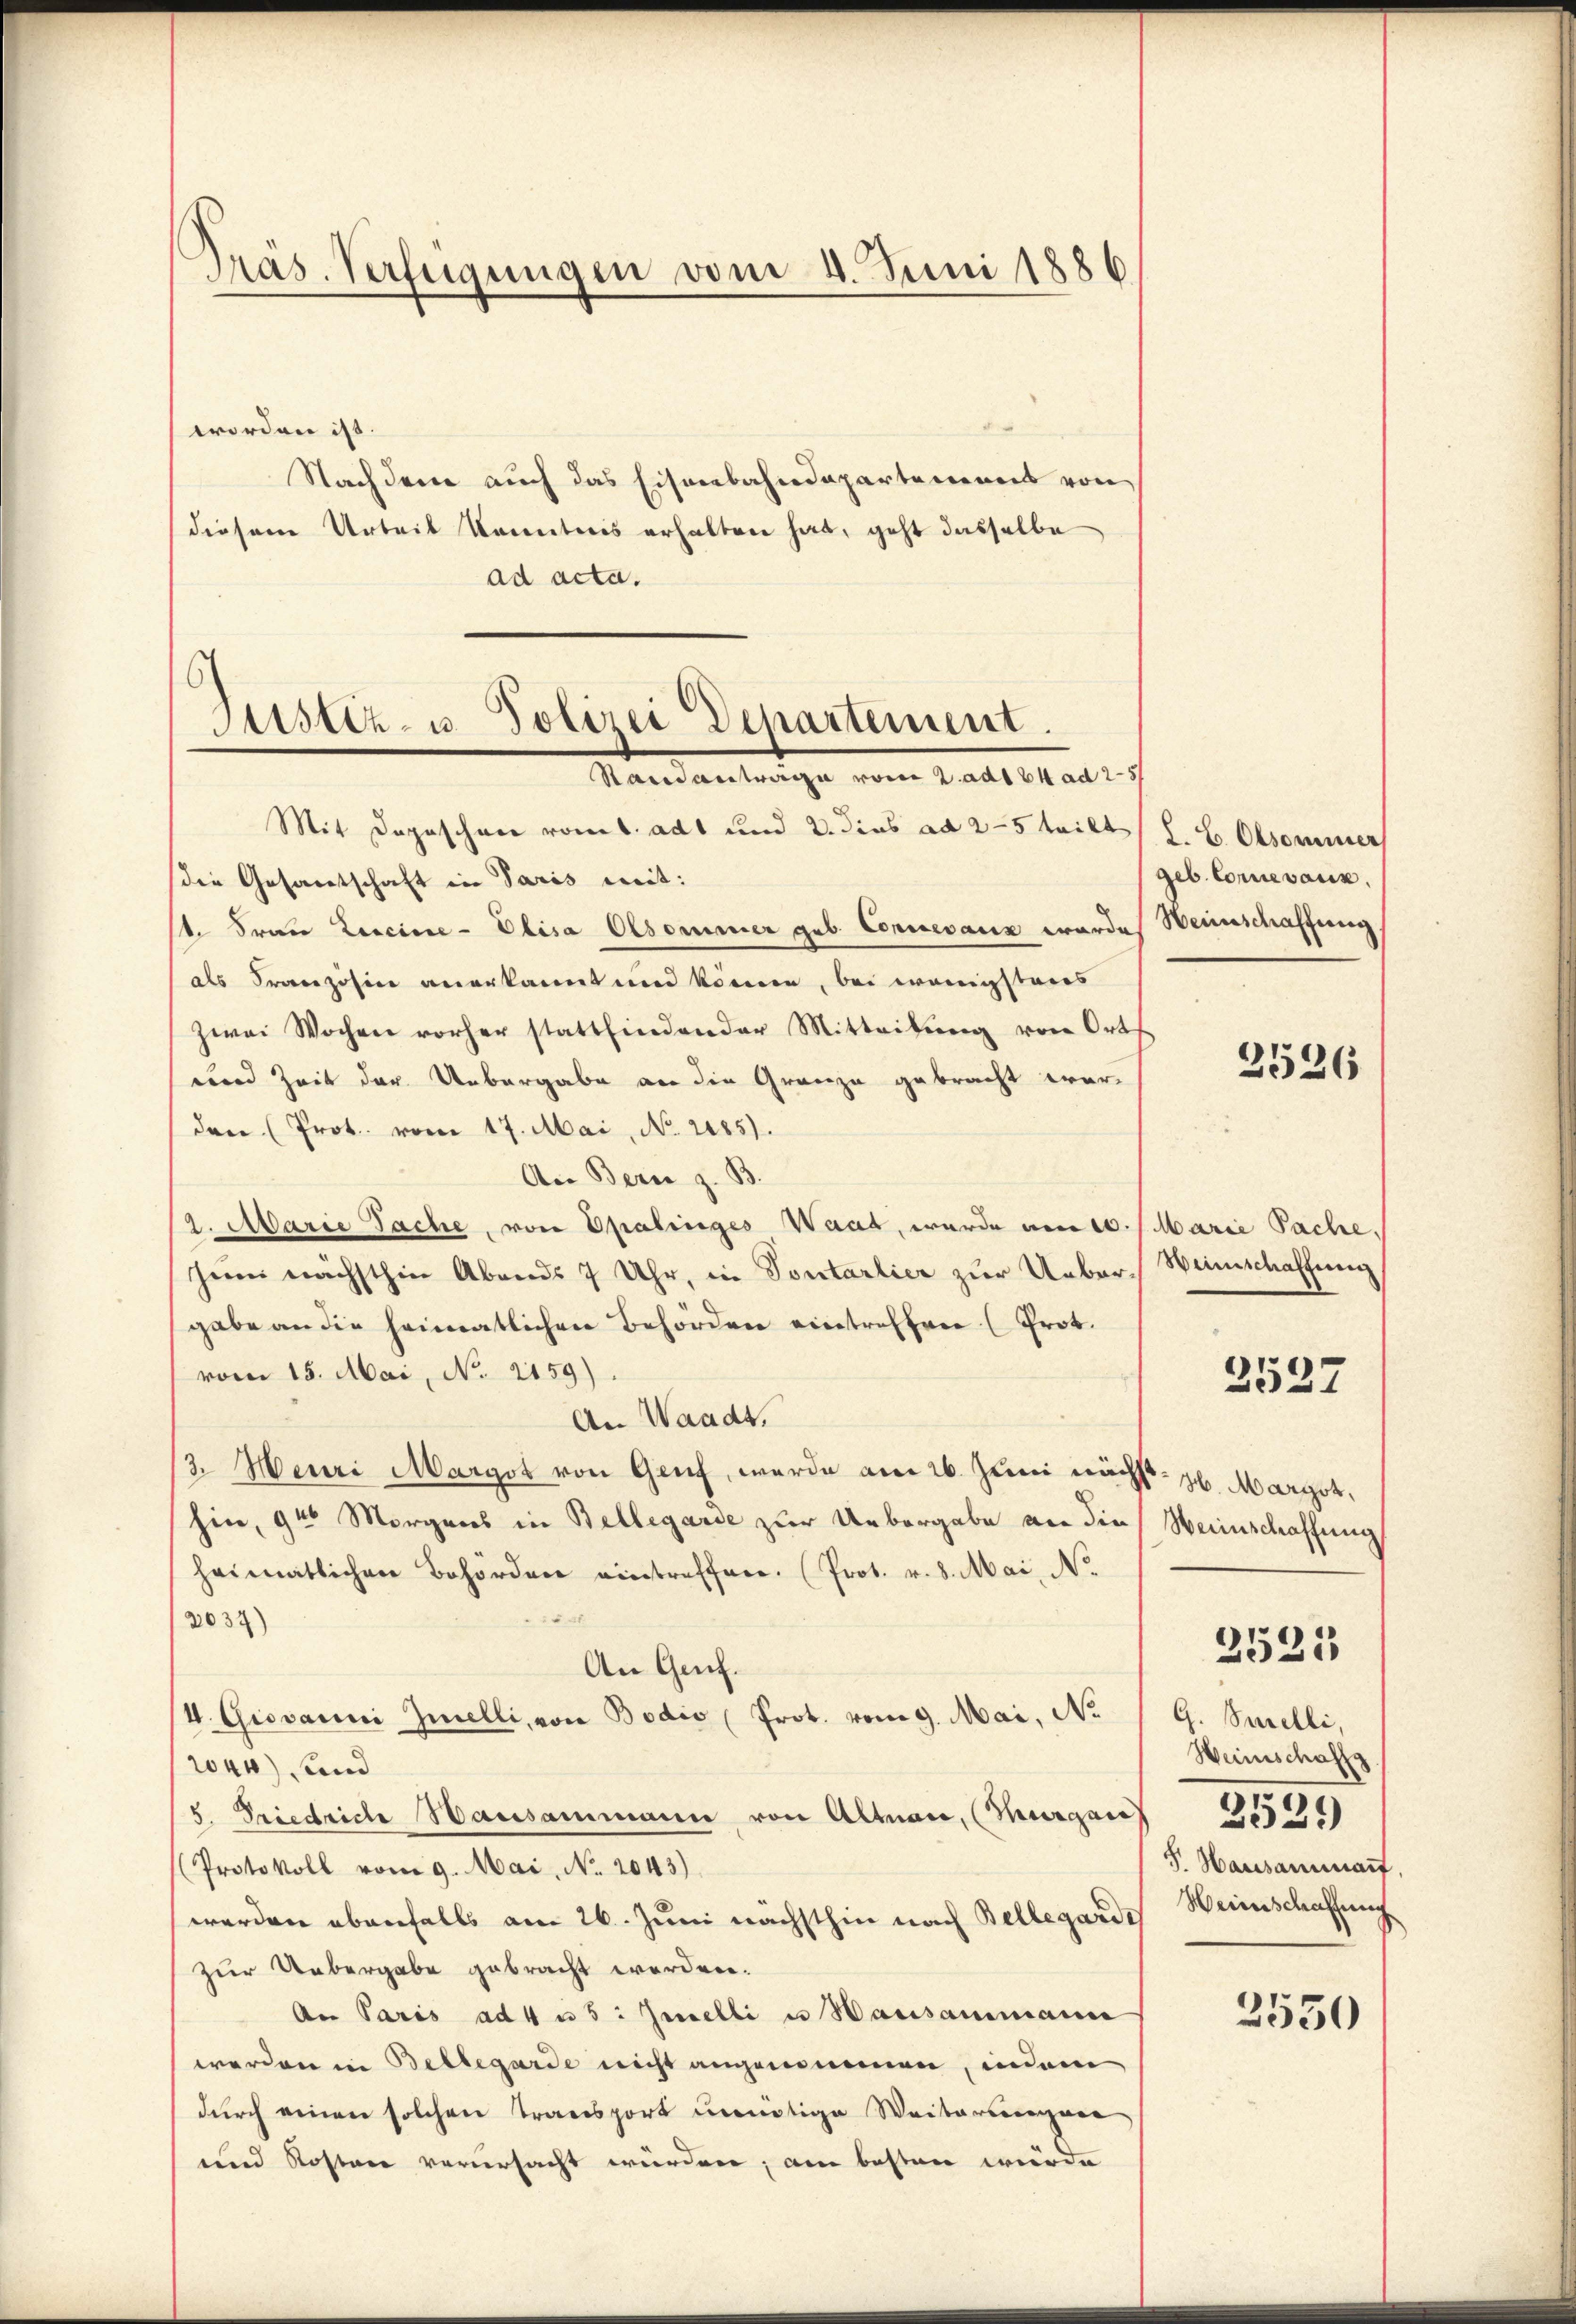
Präs. Verfügungen vom 4. Juni 1886

worden ist.
Nachdem auch das Eisenbahndepartemons von
diesem Arbeit kanntnis erhalten hat, geht dasselbe
ad acta.
¬

Justiz- u. Polizei Departement.
Raisantrage vom 2. ad 34 ad 25

Mit Depeschen vom 1. adt und 2. dies ad 25 teilt, z. B. Obsommer
die Gesandtschaft in Paris mit:
st. Frau Leicine-Elisa Olsommer geb. Concevariz werdes Weinschaffung
als Französine anerkannt und können, bei wenigsteres
zwei Wochen vorher stattfindender Mitteilŭng von Orts
unnd Zeit der Uebergabe an die Granze gebracht worden (Prot. vom 17. Mai, No. 2185).
An Bern z. B.
2. Marie Sache, von Opalinges Waat, wurde am 10. /. Marie Sache,
sei nächsthin Abends 7 Uhr, in Sontarlier zŭr Ueber-Weinschaffung
gabe an die heimatlichen Behörden eintreffen (Prot.
vom 15. Mai, No. 2159).
An Waadt,
3. Meuri Margot von Genf, werde am 26. Juni nächst. 26. Marget,
hin, 9 Morgens in Bellegarde zur Uebergabe von die Weinschaffung
heimatlichen Behörden eintreffen. (Prot. v. 8. Mai, No.
5 2t.
2037)
An Genf.
4. Giovanni Zielli, von Bodio (Prot. vom 9. Mai, No
2044) und
/5. Friedrich Hausammann von Altnau, (Thurgau 3554.
(Protokoll vom 9. Mai, No. 2043)
werden ebenfalls am 26. Juni nächsthin nach Bellegard Weinschaffung
zur Uebergabe gebracht worden.
An Paris ad 4 u 5: Geselli u Hausammanne
werden in Bellegarde nicht angenommen, indem
durch einen solchen Transport unnötige Weiterungen
und Kostere verursacht würden; am besten wurde

geb. Connevaux.

2526

2527

G. Snelli,
Heinschaft
1
S. Hausammart

2525

2550